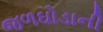
જળઘોડાની